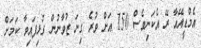
އެމްޑީއޭއާ ރޭ އެކަނިވެސް 150 އަށް ވުރެ ގިނަ ޒުވާނުން ގުޅިފައިވާ ކަމަށް